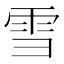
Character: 雪